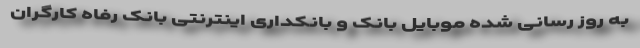
به روز رسانی شده موبایل بانک و بانکداری اینترنتی بانک رفاه کارگران